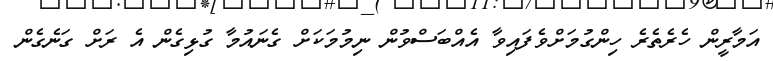
އަމާރީން ހެރެތެރެ ހިންގުމަށްވެފައިވާ އެއްބަސްވުން ނިމުމަކަށް ގެނައުމާ ގުޅިގެން އެ ރަށް ގަނެގެން